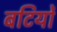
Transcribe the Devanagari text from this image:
बटियों